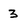
Character: 3